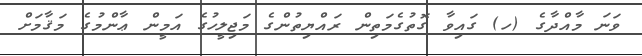
ވަނަ މާއްދާގެ (ހ) ގައިވާ ގޮތުގެމަތިން ރައްޔިތުންގެ މަޖިލީހުގެ އަމީން ޢާންމުގެ މަޤާމަށް